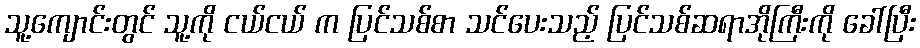
သူ့ကျောင်းတွင် သူ့ကို ငယ်ငယ် က ပြင်သစ်စာ သင်ပေးသည့် ပြင်သစ်ဆရာအိုကြီးကို ခေါ်ပြီး